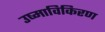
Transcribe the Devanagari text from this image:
उष्माविकिरण